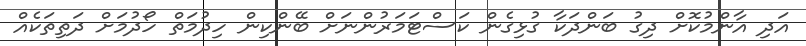
އަދި އާންމުކޮށް ދިގު ބަންދަކާ ގުޅިގެން ކަސްޓަމަރުންނަށް ބޭންކިން ހިދުމަތް ހޯދުމަށް ދަތިތަކެއް